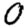
Digit: 0